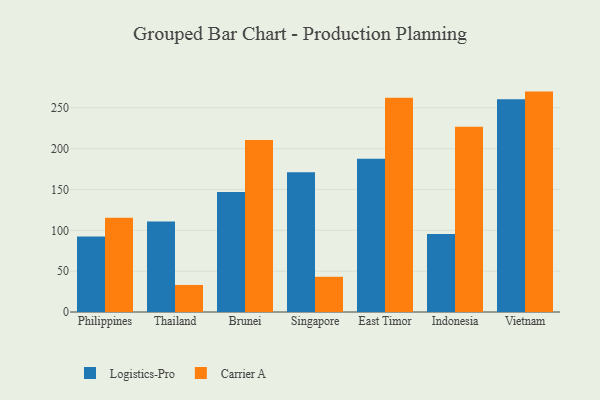
{"axis": {"x": "Country", "y": "Active Users"}, "legend": ["Carrier A", "Logistics-Pro"], "data": [{"x": "Philippines", "y": 92.4, "type": "Logistics-Pro"}, {"x": "Philippines", "y": 115.3, "type": "Carrier A"}, {"x": "Thailand", "y": 110.8, "type": "Logistics-Pro"}, {"x": "Thailand", "y": 33.1, "type": "Carrier A"}, {"x": "Brunei", "y": 146.9, "type": "Logistics-Pro"}, {"x": "Brunei", "y": 210.5, "type": "Carrier A"}, {"x": "Singapore", "y": 171.0, "type": "Logistics-Pro"}, {"x": "Singapore", "y": 43.1, "type": "Carrier A"}, {"x": "East Timor", "y": 187.6, "type": "Logistics-Pro"}, {"x": "East Timor", "y": 262.4, "type": "Carrier A"}, {"x": "Indonesia", "y": 95.6, "type": "Logistics-Pro"}, {"x": "Indonesia", "y": 226.8, "type": "Carrier A"}, {"x": "Vietnam", "y": 260.4, "type": "Logistics-Pro"}, {"x": "Vietnam", "y": 269.8, "type": "Carrier A"}]}